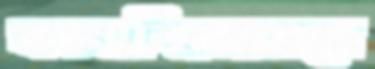
কামালিয়ারচরে